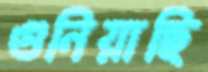
গুনিয়াছি